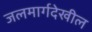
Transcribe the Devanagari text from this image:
जलमार्गदेखील